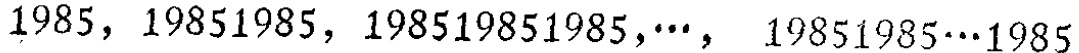
$1985,19851985,198519851985,\cdots,19851985\cdots1985$